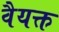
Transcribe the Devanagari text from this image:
वैयक्त